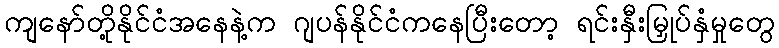
ကျနော်တို့နိုင်ငံအနေနဲ့က ဂျပန်နိုင်ငံကနေပြီးတော့ ရင်းနှီးမြှုပ်နှံမှုတွေ